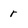
Character: r